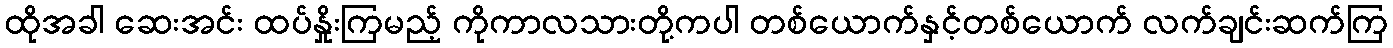
ထိုအခါ ဆေးအင်း ထပ်နှိုးကြမည့် ကိုကာလသားတို့ကပါ တစ်ယောက်နှင့်တစ်ယောက် လက်ချင်းဆက်ကြ